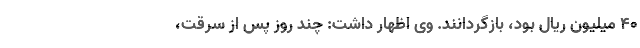
۴۰ میلیون ریال بود، بازگردانند. وی اظهار داشت: چند روز پس از سرقت،